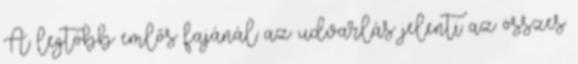
A legtöbb emlős fajánál az udvarlás jelenti az összes